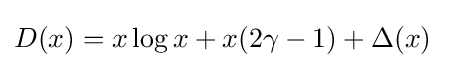
D(x)=x\log x+x(2\gamma -1)+\Delta (x)\